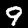
Label: 9